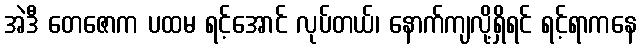
အဲဒီ တေဇောက ပထမ ရင့်အောင် လုပ်တယ်၊ နောက်ကျလို့ရှိရင် ရင့်ရာကနေ